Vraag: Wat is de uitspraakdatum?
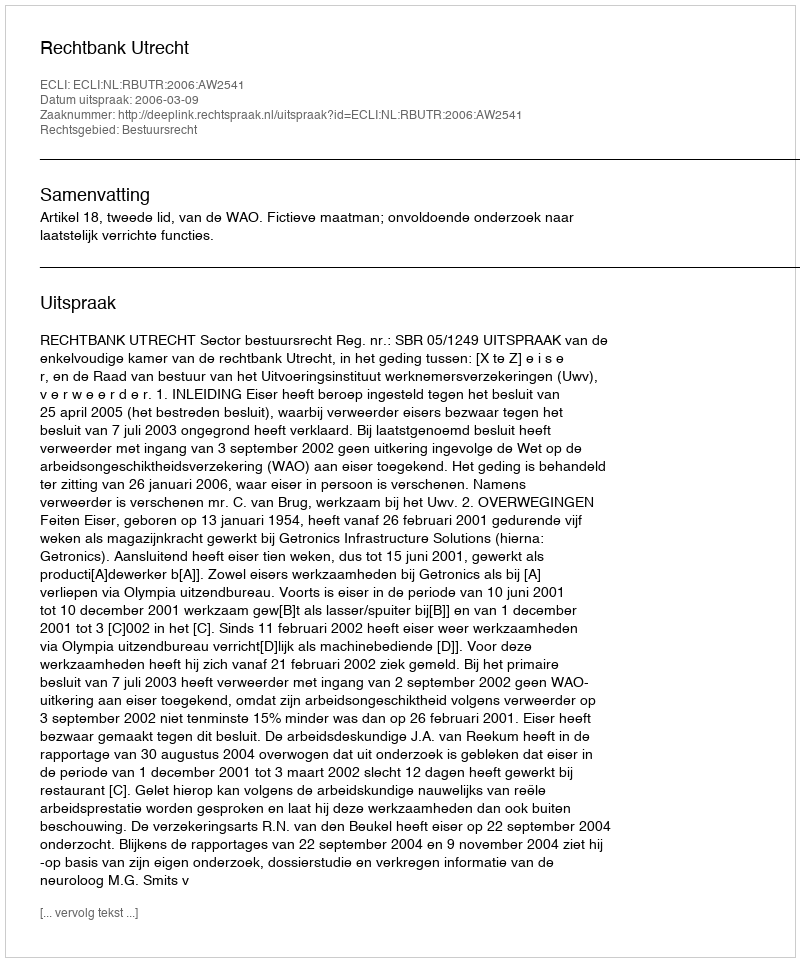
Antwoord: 2006-03-09